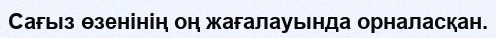
Сағыз өзенінің оң жағалауында орналасқан.